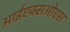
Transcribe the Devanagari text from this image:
आईएक्सओएस